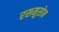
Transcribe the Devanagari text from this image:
रसमुसेन